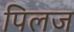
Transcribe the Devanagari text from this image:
पिलज